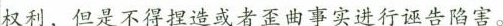
权利，但是不得捏造或者歪曲事实进行诬告陷害。